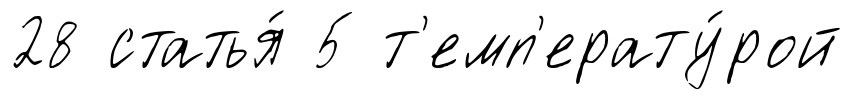
28 статья́ 5 т'емп'ерату́рой